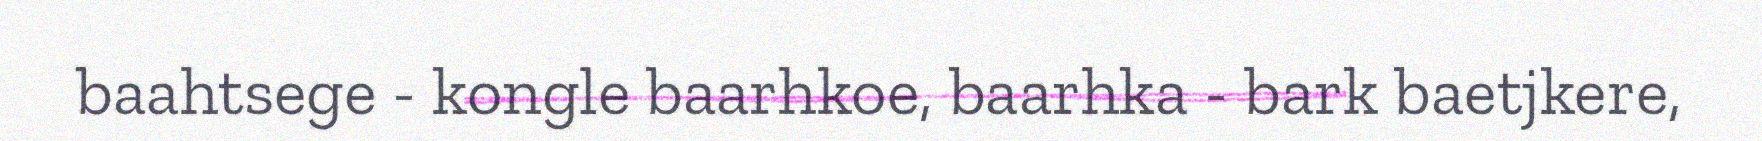
baahtsege - kongle baarhkoe, baarhka - bark baetjkere,